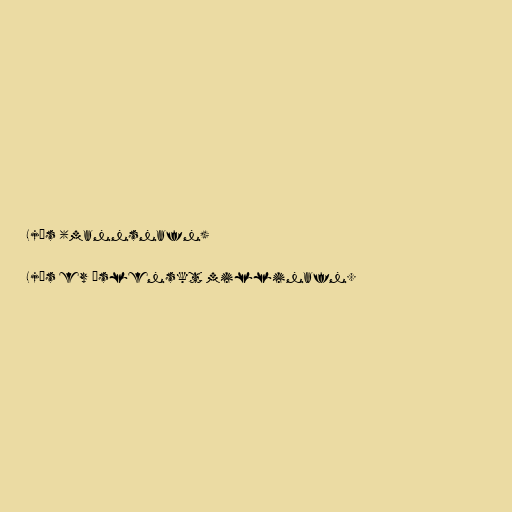
Ljós (mannsnafn)

Ljós er íslenskt millinafn.